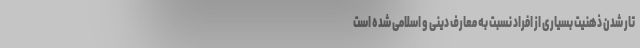
تار شدن ذهنیت بسیاری از افراد نسبت به معارف دینی و اسلامی شده است